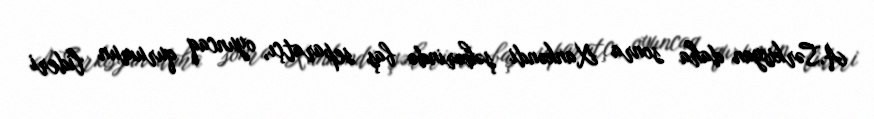
A.Sərkisyan daha sonra Xankəndi şəhərində baş separatçı, oyuncaq qurumun lideri